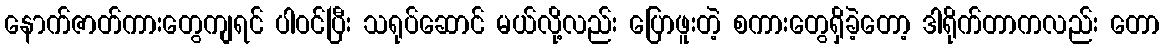
နောက်ဇာတ်ကားတွေကျရင် ပါဝင်ပြီး သရုပ်ဆောင် မယ်လို့လည်း ပြောဖူးတဲ့ စကားတွေရှိခဲ့တော့ ဒါရိုက်တာကလည်း တော